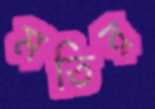
মতির